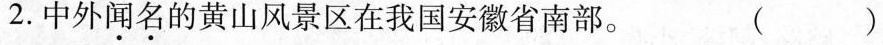
2.中外闻名的黄山风景区在我国安徽省南部。（）